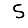
Digit: 5